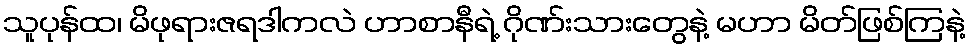
သူပုန်ထ၊ မိဖုရားဇရဒါကလဲ ဟာစာနီရဲ့ ဂိုဏ်းသားတွေနဲ့ မဟာ မိတ်ဖြစ်ကြနဲ့